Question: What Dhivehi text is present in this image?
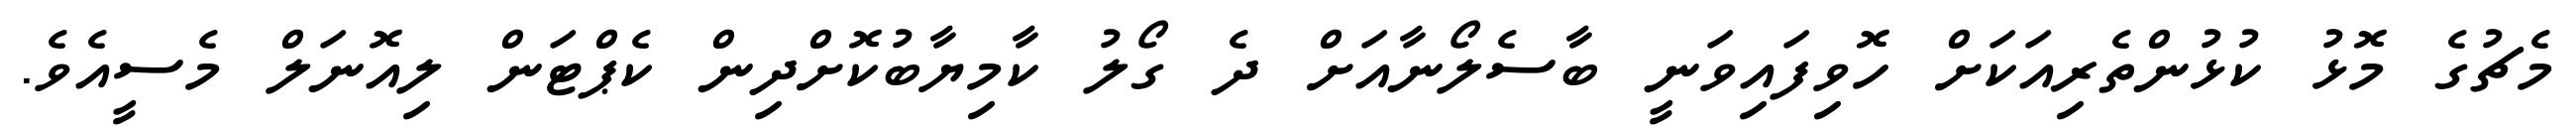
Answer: މެޗުގެ މޮޅު ކުޅުންތެރިއަކަށް ހޮވިފައިވަނީ ބާސެލޯނާއަށް ދެ ގޯލު ކާމިޔާބުކޮށްދިން ކެޕްޓަން ލިއޮނަލް މެސީއެވެ.